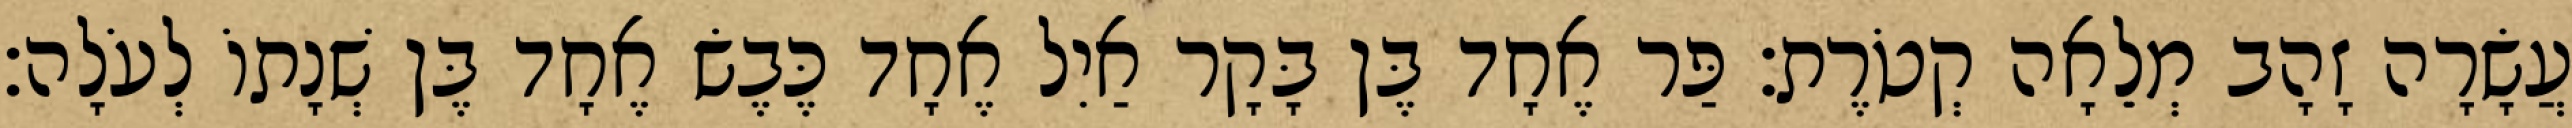
עֲשָׂרָה זָהָב מְלֵאָה קְטֹרֶת׃ פַּר אֶחָד בֶּן בָּקָר אַיִל אֶחָד כֶּבֶשׂ אֶחָד בֶּן שְׁנָתוֹ לְעֹלָה׃